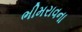
ભીમરાવના